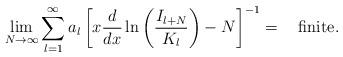
LaTeX: \begin{align*}\lim_{N \rightarrow \infty} \sum^\infty_{l = 1} a_l \left[ x\displaystyle\frac{d}{dx} \ln \left( \displaystyle\frac{I_{l +N}}{K_l} \right) - N \right]^{-1} = \quad \mbox {finite}.\end{align*}